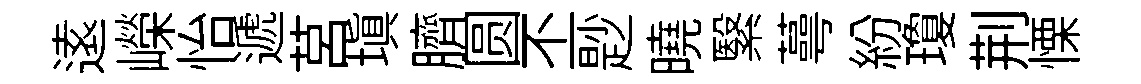
逺嶸怡遞莒塡臍圆丕尟曉繄蕚紛瓊荆慄